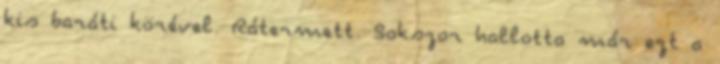
kis baráti körével. Rátermett. Sokszor hallotta már ezt a